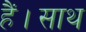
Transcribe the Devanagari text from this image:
हैं।साथ